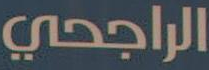
الراجحي